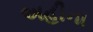
અહીના